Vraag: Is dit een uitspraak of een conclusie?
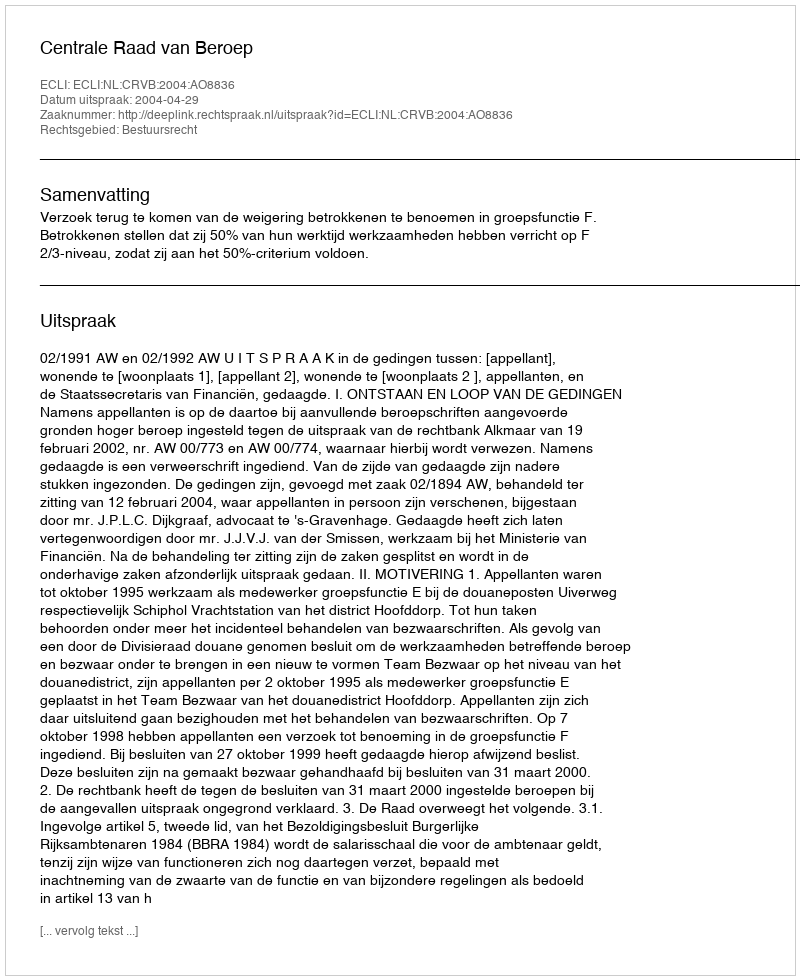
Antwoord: Uitspraak